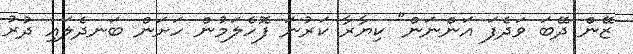
ޒޭން ދޭބަ ވަދެފަ އަންނަން" ކިޔާރާ ކަރުނަ ފޮހެލަމުން ހަށަން ބަނދެލައި ދުރު